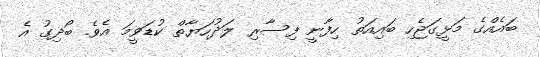
ބައެއްގެ މަޅީގަޖެހި ބައިއަތު ހިފާނީ ފިސާރި ލަދުހަޔާތް ކުޑަވީމަ އެވެ. ބޯދިގު އެ